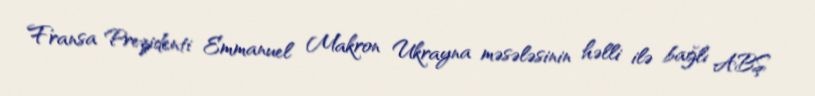
Fransa Prezidenti Emmanuel Makron Ukrayna məsələsinin həlli ilə bağlı ABŞ